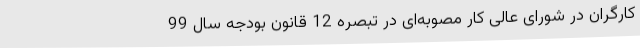
کارگران در شورای عالی کار مصوبه‌ای در تبصره 12 قانون بودجه سال 99